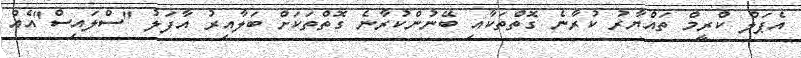
އެޕަލް ކްރީމް ތައްޔާރު ކުރާނެ ގޮތްތަކާއި ބޭނުންކުރާނެ ގޮތްތަކަށް ބަލާއިރު އާފަލު "ސްލައިސް"އެއް